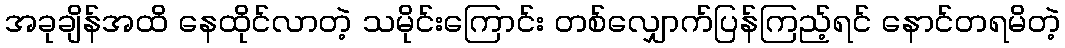
အခုချိန်အထိ နေထိုင်လာတဲ့ သမိုင်းကြောင်း တစ်လျှောက်ပြန်ကြည့်ရင် နောင်တရမိတဲ့